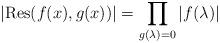
LaTeX: \begin{align*}|\mathrm{Res}(f(x), g(x))| = \prod_{g(\lambda) = 0} |f(\lambda)|\end{align*}